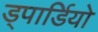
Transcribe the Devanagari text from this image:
ड्पार्डियो